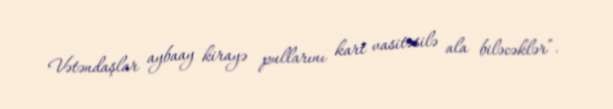
Vətəndaşlar aybaay kirayə pullarını kart vasitəsilə ala biləcəklər”.